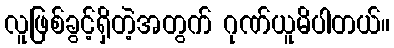
လူဖြစ်ခွင့်ရှိတဲ့အတွက် ဂုဏ်ယူမိပါတယ်။